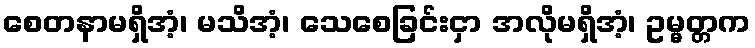
စေတနာမရှိအံ့၊ မသိအံ့၊ သေစေခြင်းငှာ အလိုမရှိအံ့၊ ဥမ္မတ္တက